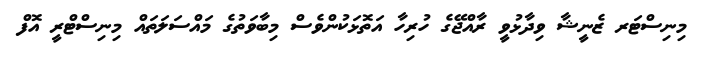
މިނިސްޓަރ ޒެނީޝާ ވިދާޅުވީ ރާއްޖޭގެ ހުރިހާ އަތޮޅަކުންވެސް މިބާވަތުގެ މައްސަލަތައް މިނިސްޓްރީ އޮފް